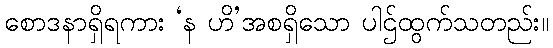
စောဒနာရှိရကား ‘န ဟိ’အစရှိသော ပါဌ်ထွက်သတည်း။